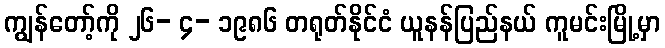
ကျွန်တော့်ကို ၂၆- ၄- ၁၉၈၆ တရုတ်နိုင်ငံ ယူနန်ပြည်နယ် ကူမင်းမြို့မှာ